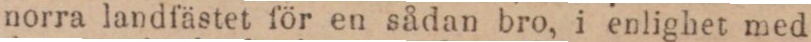
norra landfästet för en sådan bro, i enlighet med